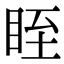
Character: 眰